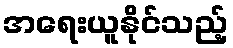
အရေးယူနိုင်သည့်